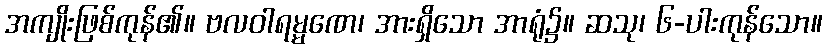
အကျိုးဖြစ်ကုန်၏။ ဗလဝါရမ္မဏေ၊ အားရှိသော အာရုံ၌။ ဆသု၊ ၆-ပါးကုန်သော။